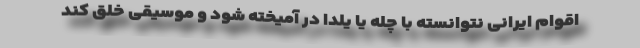
اقوام ایرانی نتوانسته با چله یا یلدا در آمیخته شود و موسیقی خلق کند